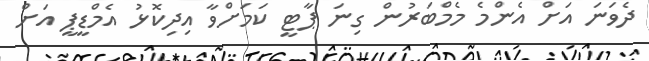
ދެވަނަ އަށް އެންމެ މެމްބަރުން ގިނަ ޕާޓީ ކަމަށްވާ އިދިކޮޅު އެމްޑީޕީ އަށް